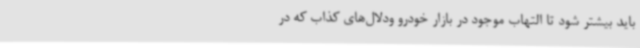
باید بیشتر شود تا التهاب موجود در بازار خودرو ودلال‌های کذاب که در